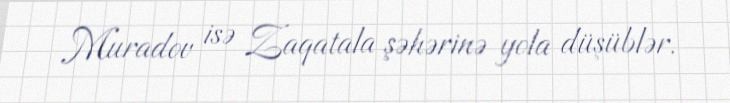
Muradov isə Zaqatala şəhərinə yola düşüblər.